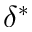
\delta ^ { * }